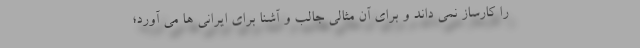
را کارساز نمی داند و برای آن مثالی جالب و آشنا برای ایرانی ها می آورد؛